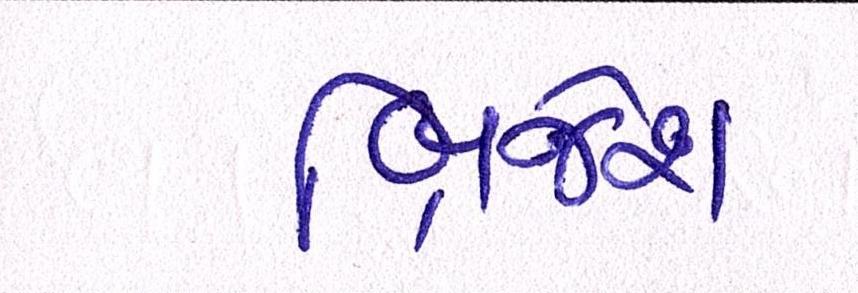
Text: બ્રિજેશ